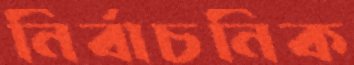
নির্বাচনিক